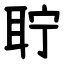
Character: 聍